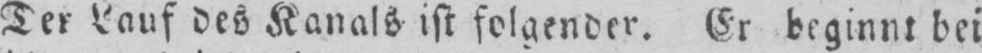
Der Lauf des Kanals ist folgender. Er beginnt bei